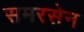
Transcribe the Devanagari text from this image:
समरसेन